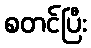
စတင်ပြီး